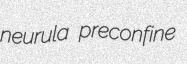
neurula preconfine